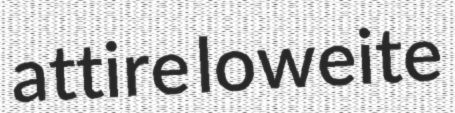
attire loweite